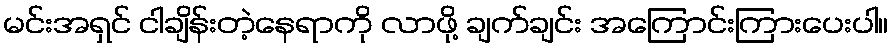
မင်းအရှင် ငါချိန်းတဲ့နေရာကို လာဖို့ ချက်ချင်း အကြောင်းကြားပေးပါ။